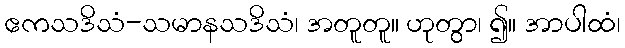
ဧကသဒိသံ-သမာနသဒိသံ၊ အတူတူ။ ဟုတွာ၊ ၍။ အာပါထံ၊